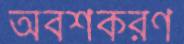
অবশকরণ